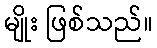
မျိုး ဖြစ်သည်။